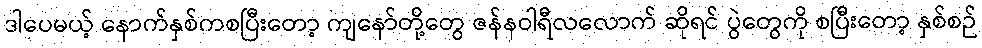
ဒါပေမယ့် နောက်နှစ်ကစပြီးတော့ ကျနော်တို့တွေ ဇန်နဝါရီလလောက် ဆိုရင် ပွဲတွေကို စပြီးတော့ နှစ်စဉ်